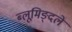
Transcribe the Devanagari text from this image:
ब्लूमिङ्दले